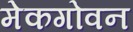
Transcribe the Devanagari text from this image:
मेकगोवन